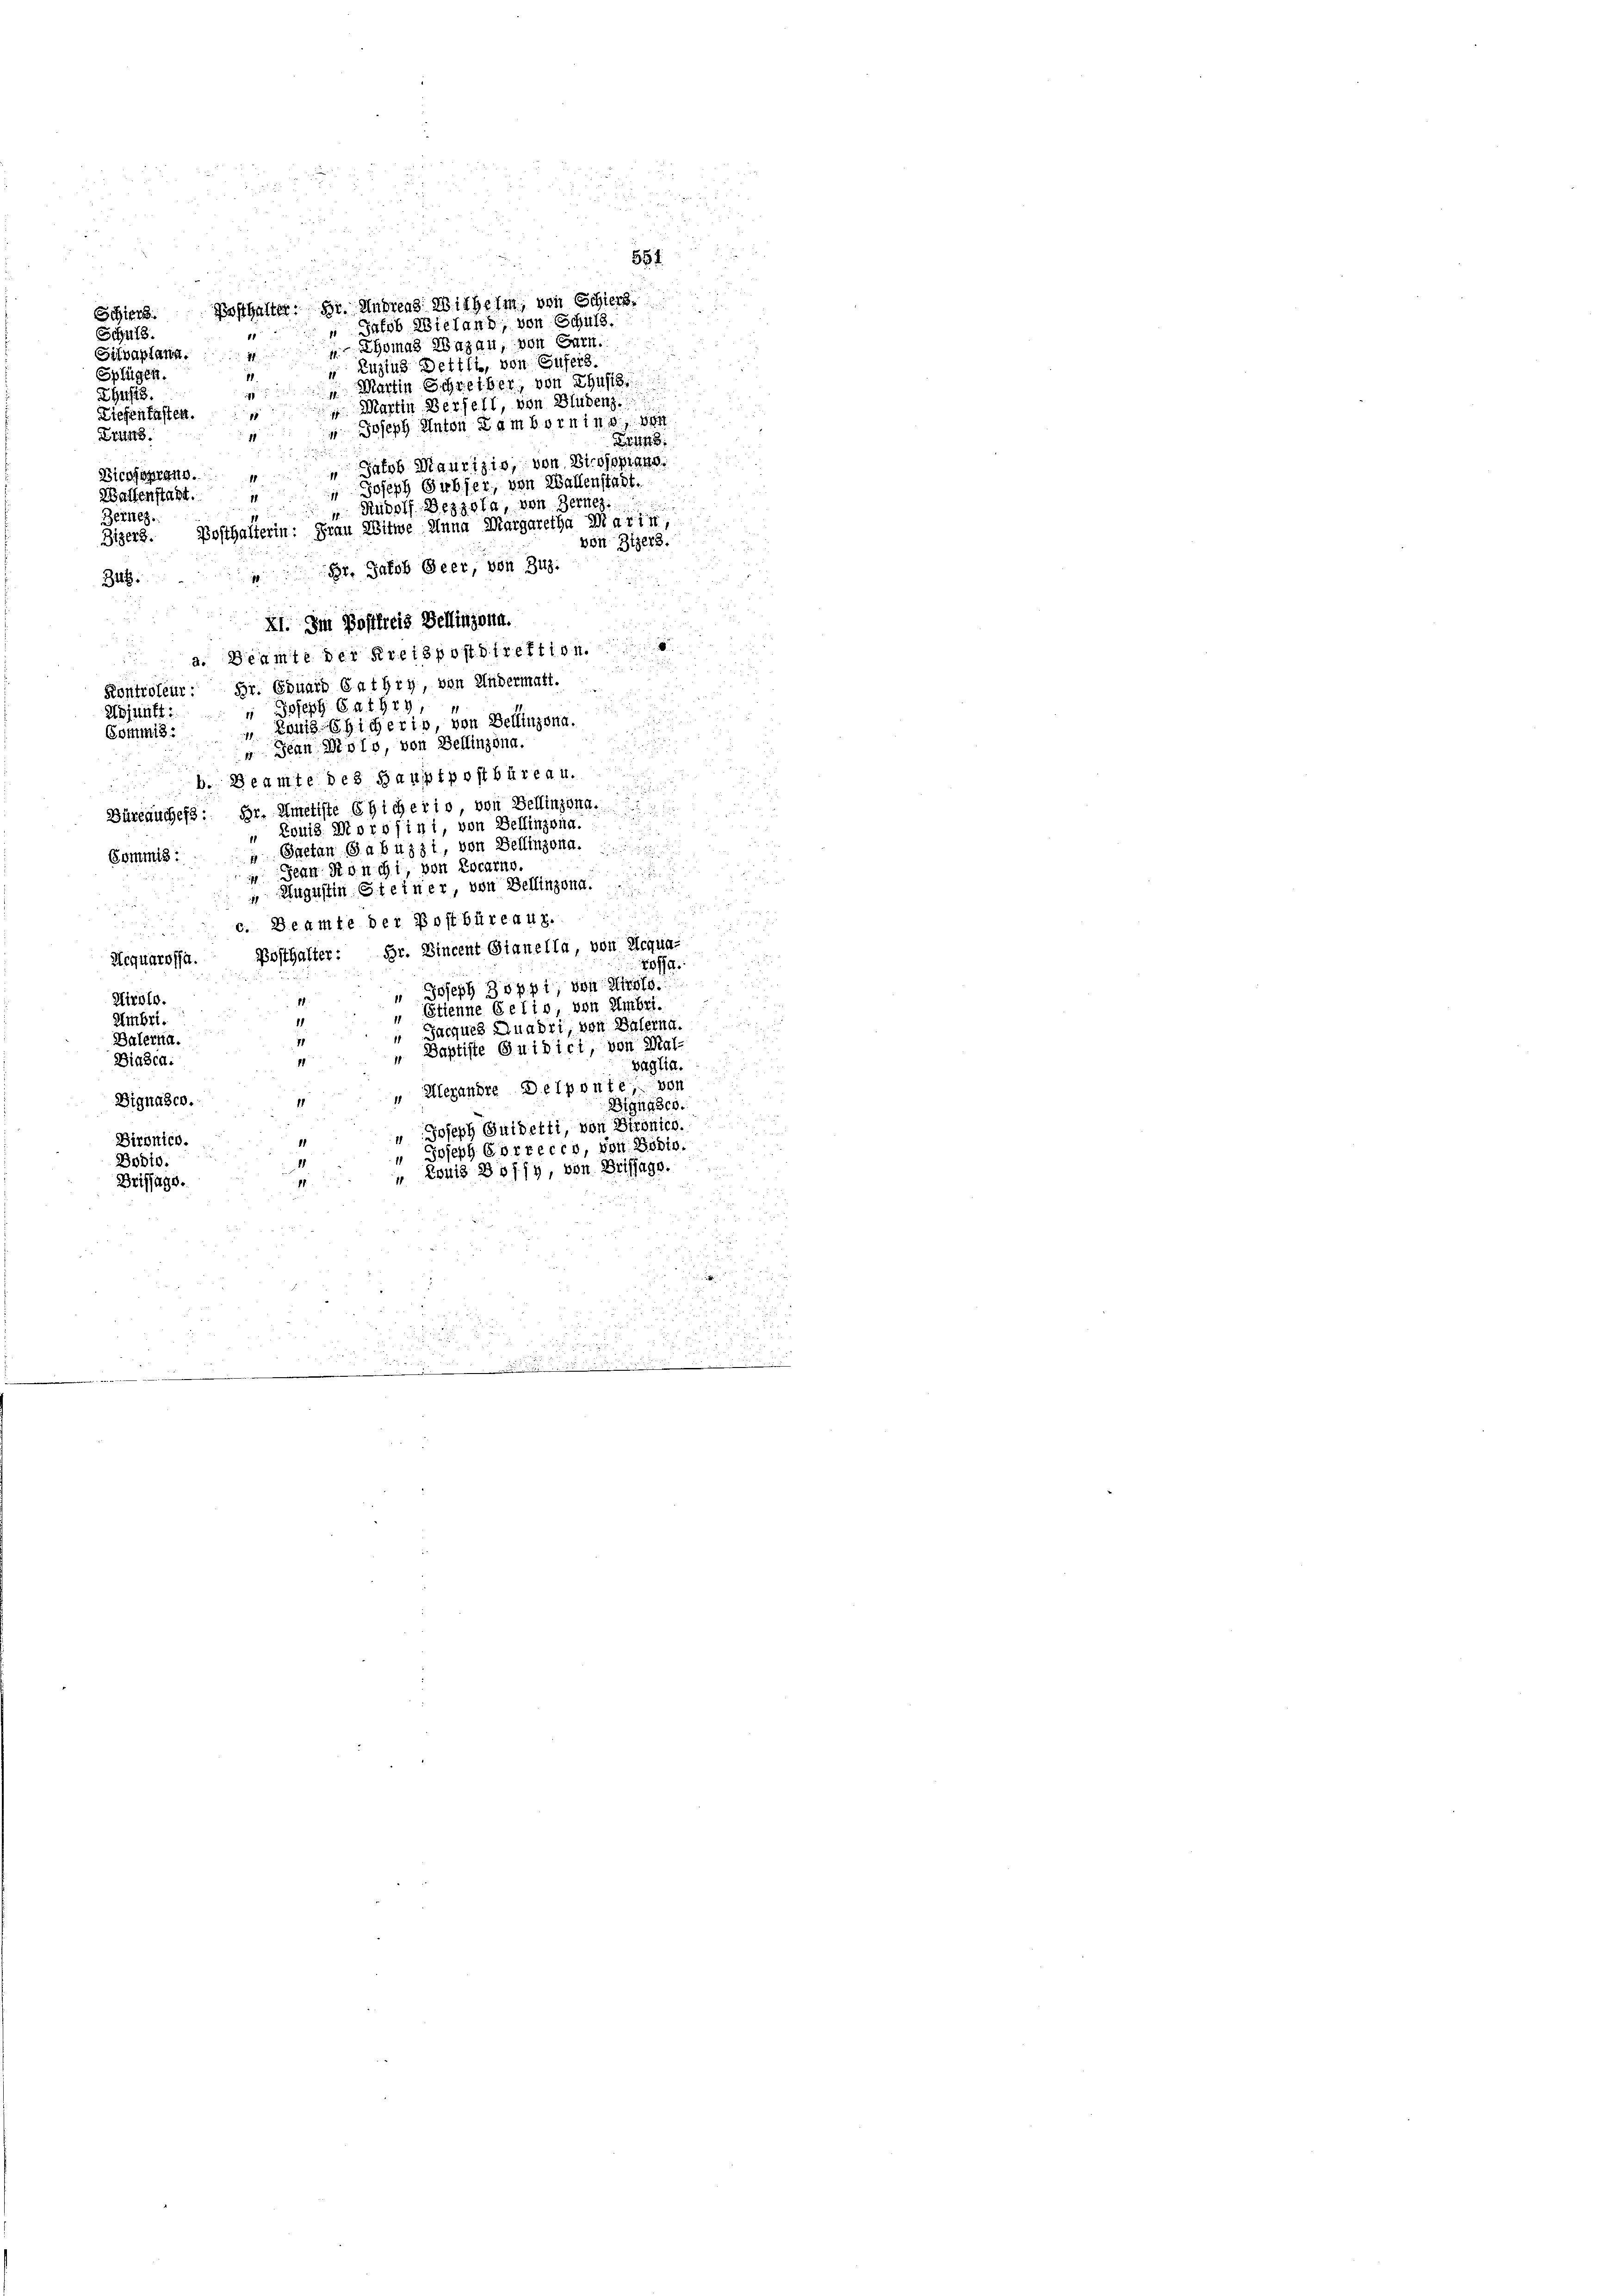
r
Schiers. Posthalter: Dr. Andreas Wilhelm, von Schierz
Satob Wieland, von Schuls.
Sita 8.
e
homas Hazau, von Garn.
Silvaplant. 41
 Zuzius Dettli, von Gusers
Splügen.
Martin Schreiber, von Thusis.
M.
i
ZGusis.
 Martin Verfell, von Bludenz.
Diesentasten.
1
 Joseph Anton Zamborning, wen
Tritt.
1
Satob Maurizio, von Birojoptans
Bicpsoprang.
 Joseph Guber, von Wallenstadt.
Wallenstatt.
2
“ Rudolf Bezzpla, von Berne.
Bethez.
Zigers. Posthalterin: Frau Witwe Anna Margaretha Marin,
348. Br. Jakob Geer, von Zuz.

von Zizers.
E. Im Postfreis Bellinzona.
a. Beamte der Kreispostdirektion.
Kontroleur: Dr. Eduard Cathry, von Widermatt.
Adjunft: " Joseph Ca 1919
Commis: Königlicherin, von Bellinzona.
 Jean Molo, von Bellinzona.

b. Beamte des Hauptpostbüreau.
s
und ich
Büreauches: Dr. Ametiste Eicherio, von Bellinzona.
„ Louis Mordfini, von Bellinzona.
 Gaetan Gabuzzi, von Bellinzona
Commis
 Jean Ronchi, von Locarno.
i
g

e
 Augustin Steiner, von Bellinzona.

c. Beamte der Postbüreaux.
.
2
Hequarossa. Posthalter: Hr. Vincent Gianella, von Aequa-
2077
" Joseph Zöppi, von Wird
Kirolo.
.
Etienne Gelis, von Umbri.
Umbri.
Jacques Quadri, von Baierna
Balernd.
 Baptiste Guidict, von Mal-
11
Diasca.
paglia.
Alexandre Desponte, von
Dignasco.
Bignasco.
Joseph Guldetti, von Hironico.
Bironico.
" Joseph Correcco, von Bödto.
Bodio.
 Louis Buffy, von Brissage.
Briffage.

Brun

551.